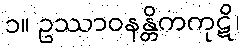
၁။ ဥဿာဝနန္တိကကုဋိ၊